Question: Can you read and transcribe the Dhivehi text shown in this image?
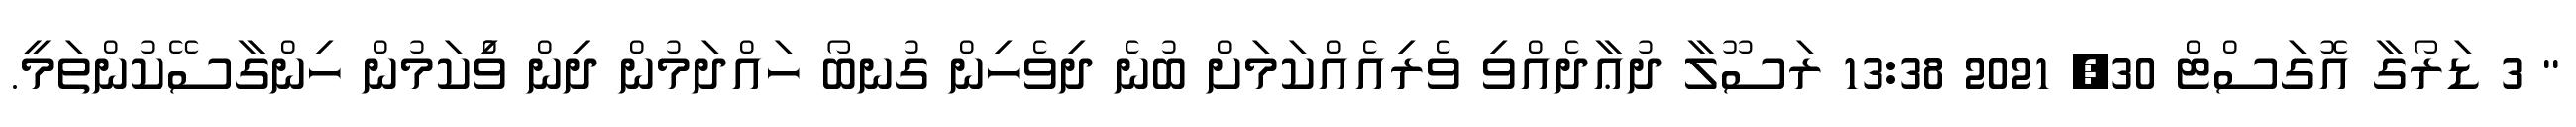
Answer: " 3 ޑަރޯގާ އޮގަސްޓް 30, 2021 13:38 ރަސޫލާ ދުޢާދެއްވި ވެރިއެއްކަމަށް ބުނެ ދިވެހިން ގުނބޯ ހައްދަމުން ދިން ވިެްކަމުން ހިންގާސޭކުންތަމީ.